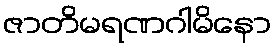
ဇာတိမရဏဂါမိနော